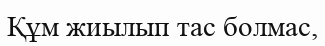
Құм жиылып тас болмас,